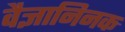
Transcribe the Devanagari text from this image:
वैज्ञानिनक